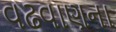
વઢવાણના